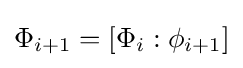
\Phi _{i+1}=[\Phi _{i}:\phi _{i+1}]